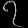
Digit: ၇